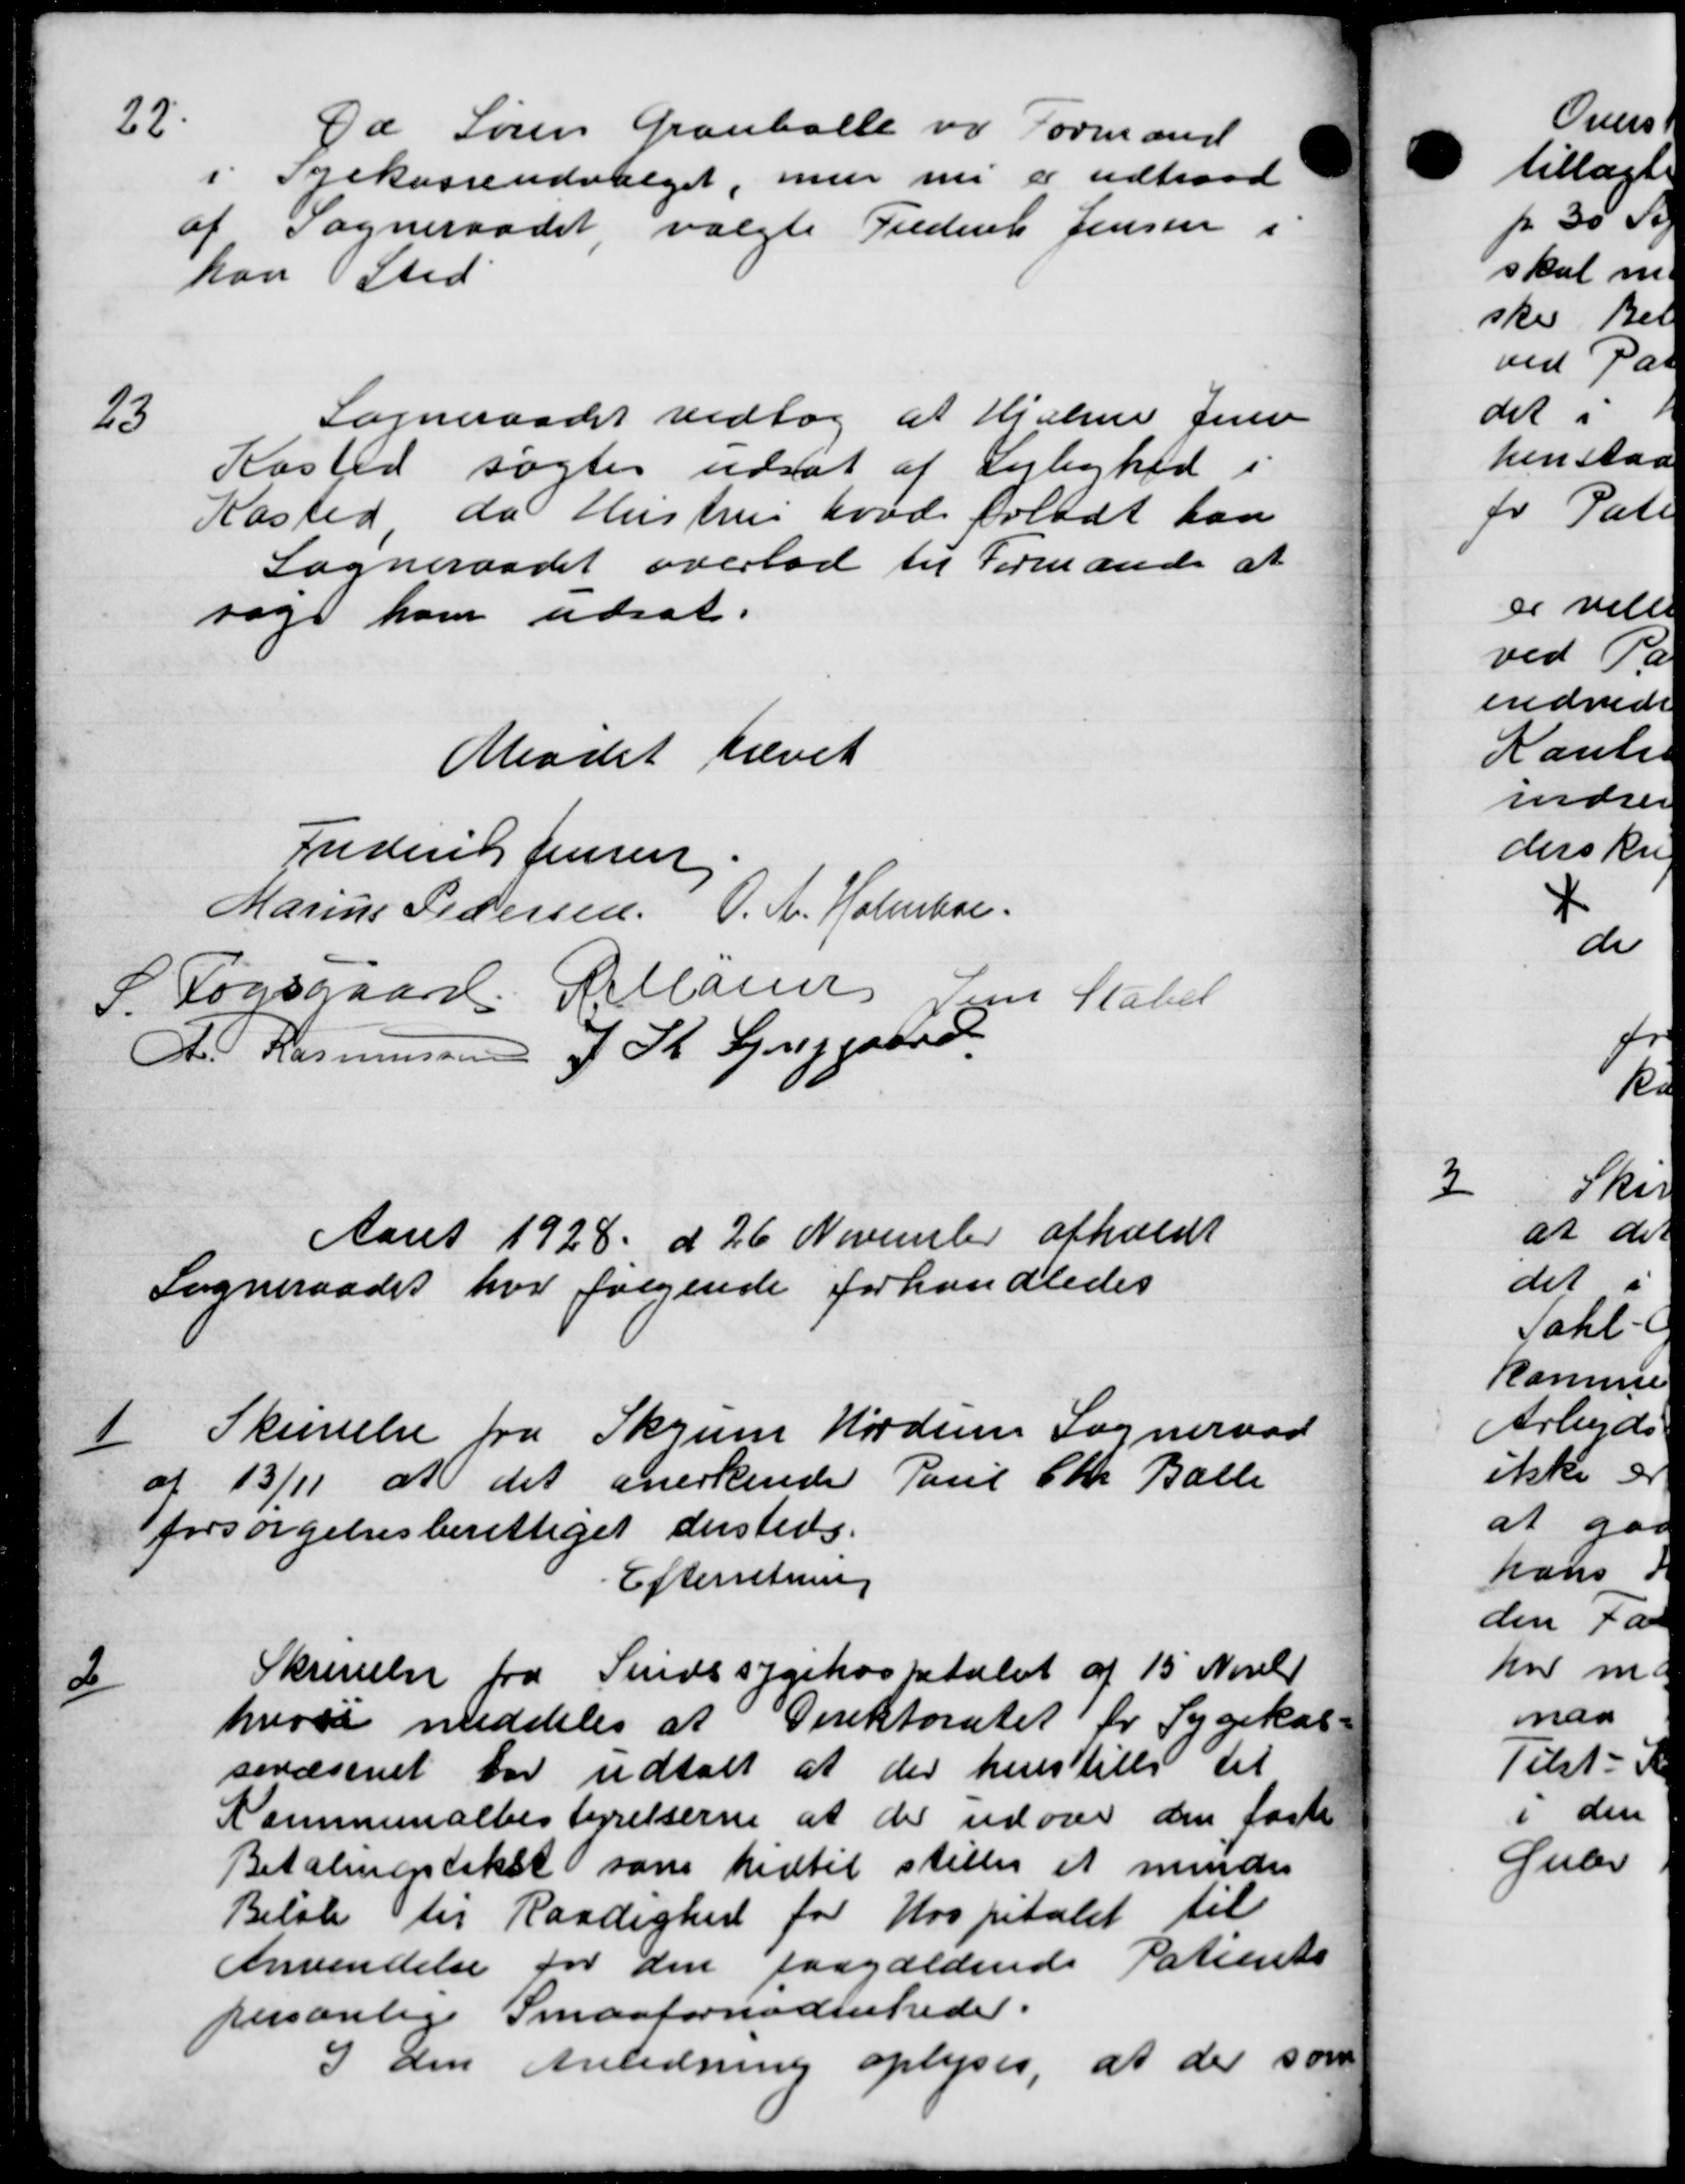
Transskription:
22
Da Søren Granballe og Formand
Syekasseudvalget, men nu er udtraad
af Sogneraadet, valgte Frederik Jensen i
kan Sted
23
Sogneraadet vedtog at Hjælpe Jense
Kasted søgtes udsat af Lejlighed
Kasted da Hustru hvad folodt kan
Sogneraadet overlod til Formande at
søge ham udsat.
Mødet hævet
Frederik Jensen
Marius Pedersen O. A. Holmboe
P. Fogsgaard Pellassen Jens Statet
A. P. Rasmussen J. K. Synggaard
Aaret 1928 d 26 November afholdt
Sogneraadet hvor følgende forhandledes
1/
Skrivelse fra Skrum Hordum Sogneraad
af 13/11 at det anerkende Paul Chr. Balle
forsørgelsesberettiget dersteds.
Efterretning

Skrivelse fra Sindssygehospitalet af 15 Novebr
hvori meddeles at Direktoratet for Sygekas
sevæsenet var udtalt at der henstille til
Kommunalbestyrelserne at der udover den faste
Betalingstakst som hidtil stiller et mindre
Beløb til Raadighed for Hospitalet til
Anvendelse for den paagældende Patiente
personlige Smaafornødenheder.
I den Anledning oplyses, a 10 ler som